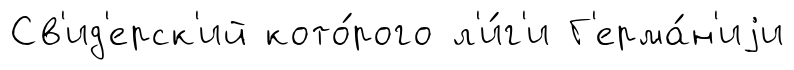
Св'ид'ерск'ий кото́рого л'и́г'и Г'ерма́н'иjи